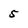
Character: 5